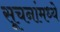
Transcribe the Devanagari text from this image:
सूचनांमध्ये